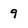
Character: 9